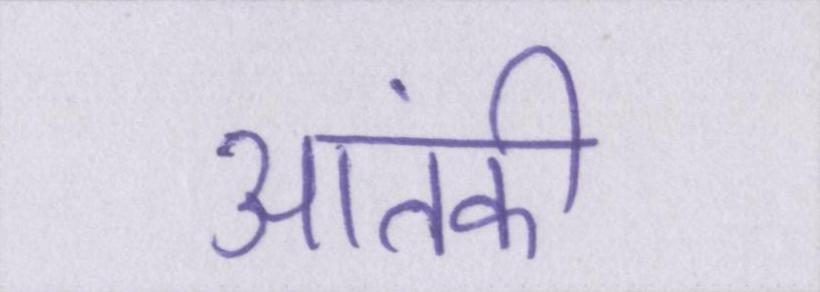
आतंकी